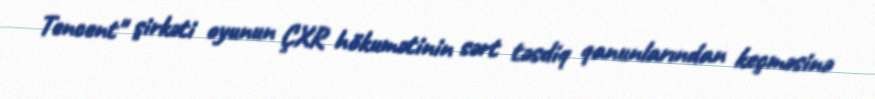
Tencent" şirkəti oyunun ÇXR hökumətinin sərt təsdiq qanunlarından keçməsinə